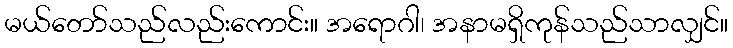
မယ်တော်သည်လည်းကောင်း။ အရောဂါ၊ အနာမရှိကုန်သည်သာလျှင်။